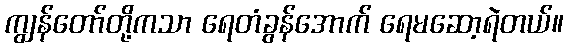
ကျွန်တော်တို့ကသာ ရေတံခွန်အောက် ရေမဆော့ရဲတယ်။